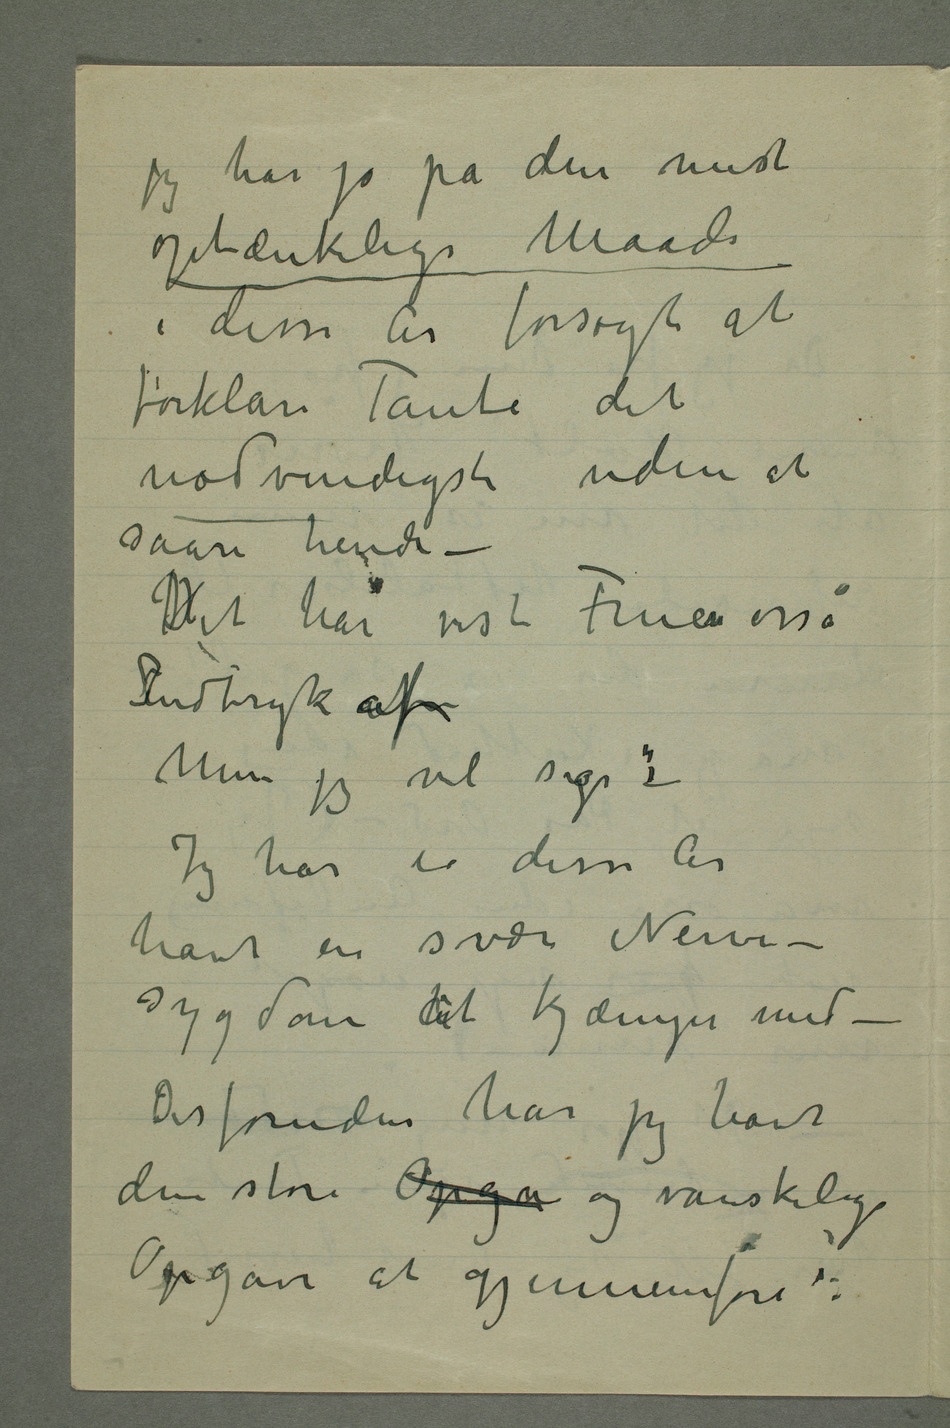
jeg har jo på den mest
optænkelige Maade
i disse År forsøgt at
forklare Tante det
nødvendigste uden at
saare hende –
HDet har vist Fruen osså
Indtryk af
Men jeg vil sige–:
Jeg har i disse År
havt en svær Nerve-
sygdom at kjæmpe med –
Desforuden har jeg havt
den store Opgav og vanskelige
Opgave at gjennemføre: